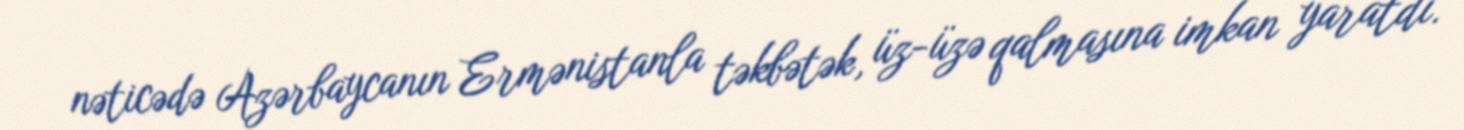
nəticədə Azərbaycanın Ermənistanla təkbətək, üz-üzə qalmasına imkan yaratdı.